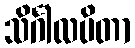
သိင်္ဂါလပိတာ